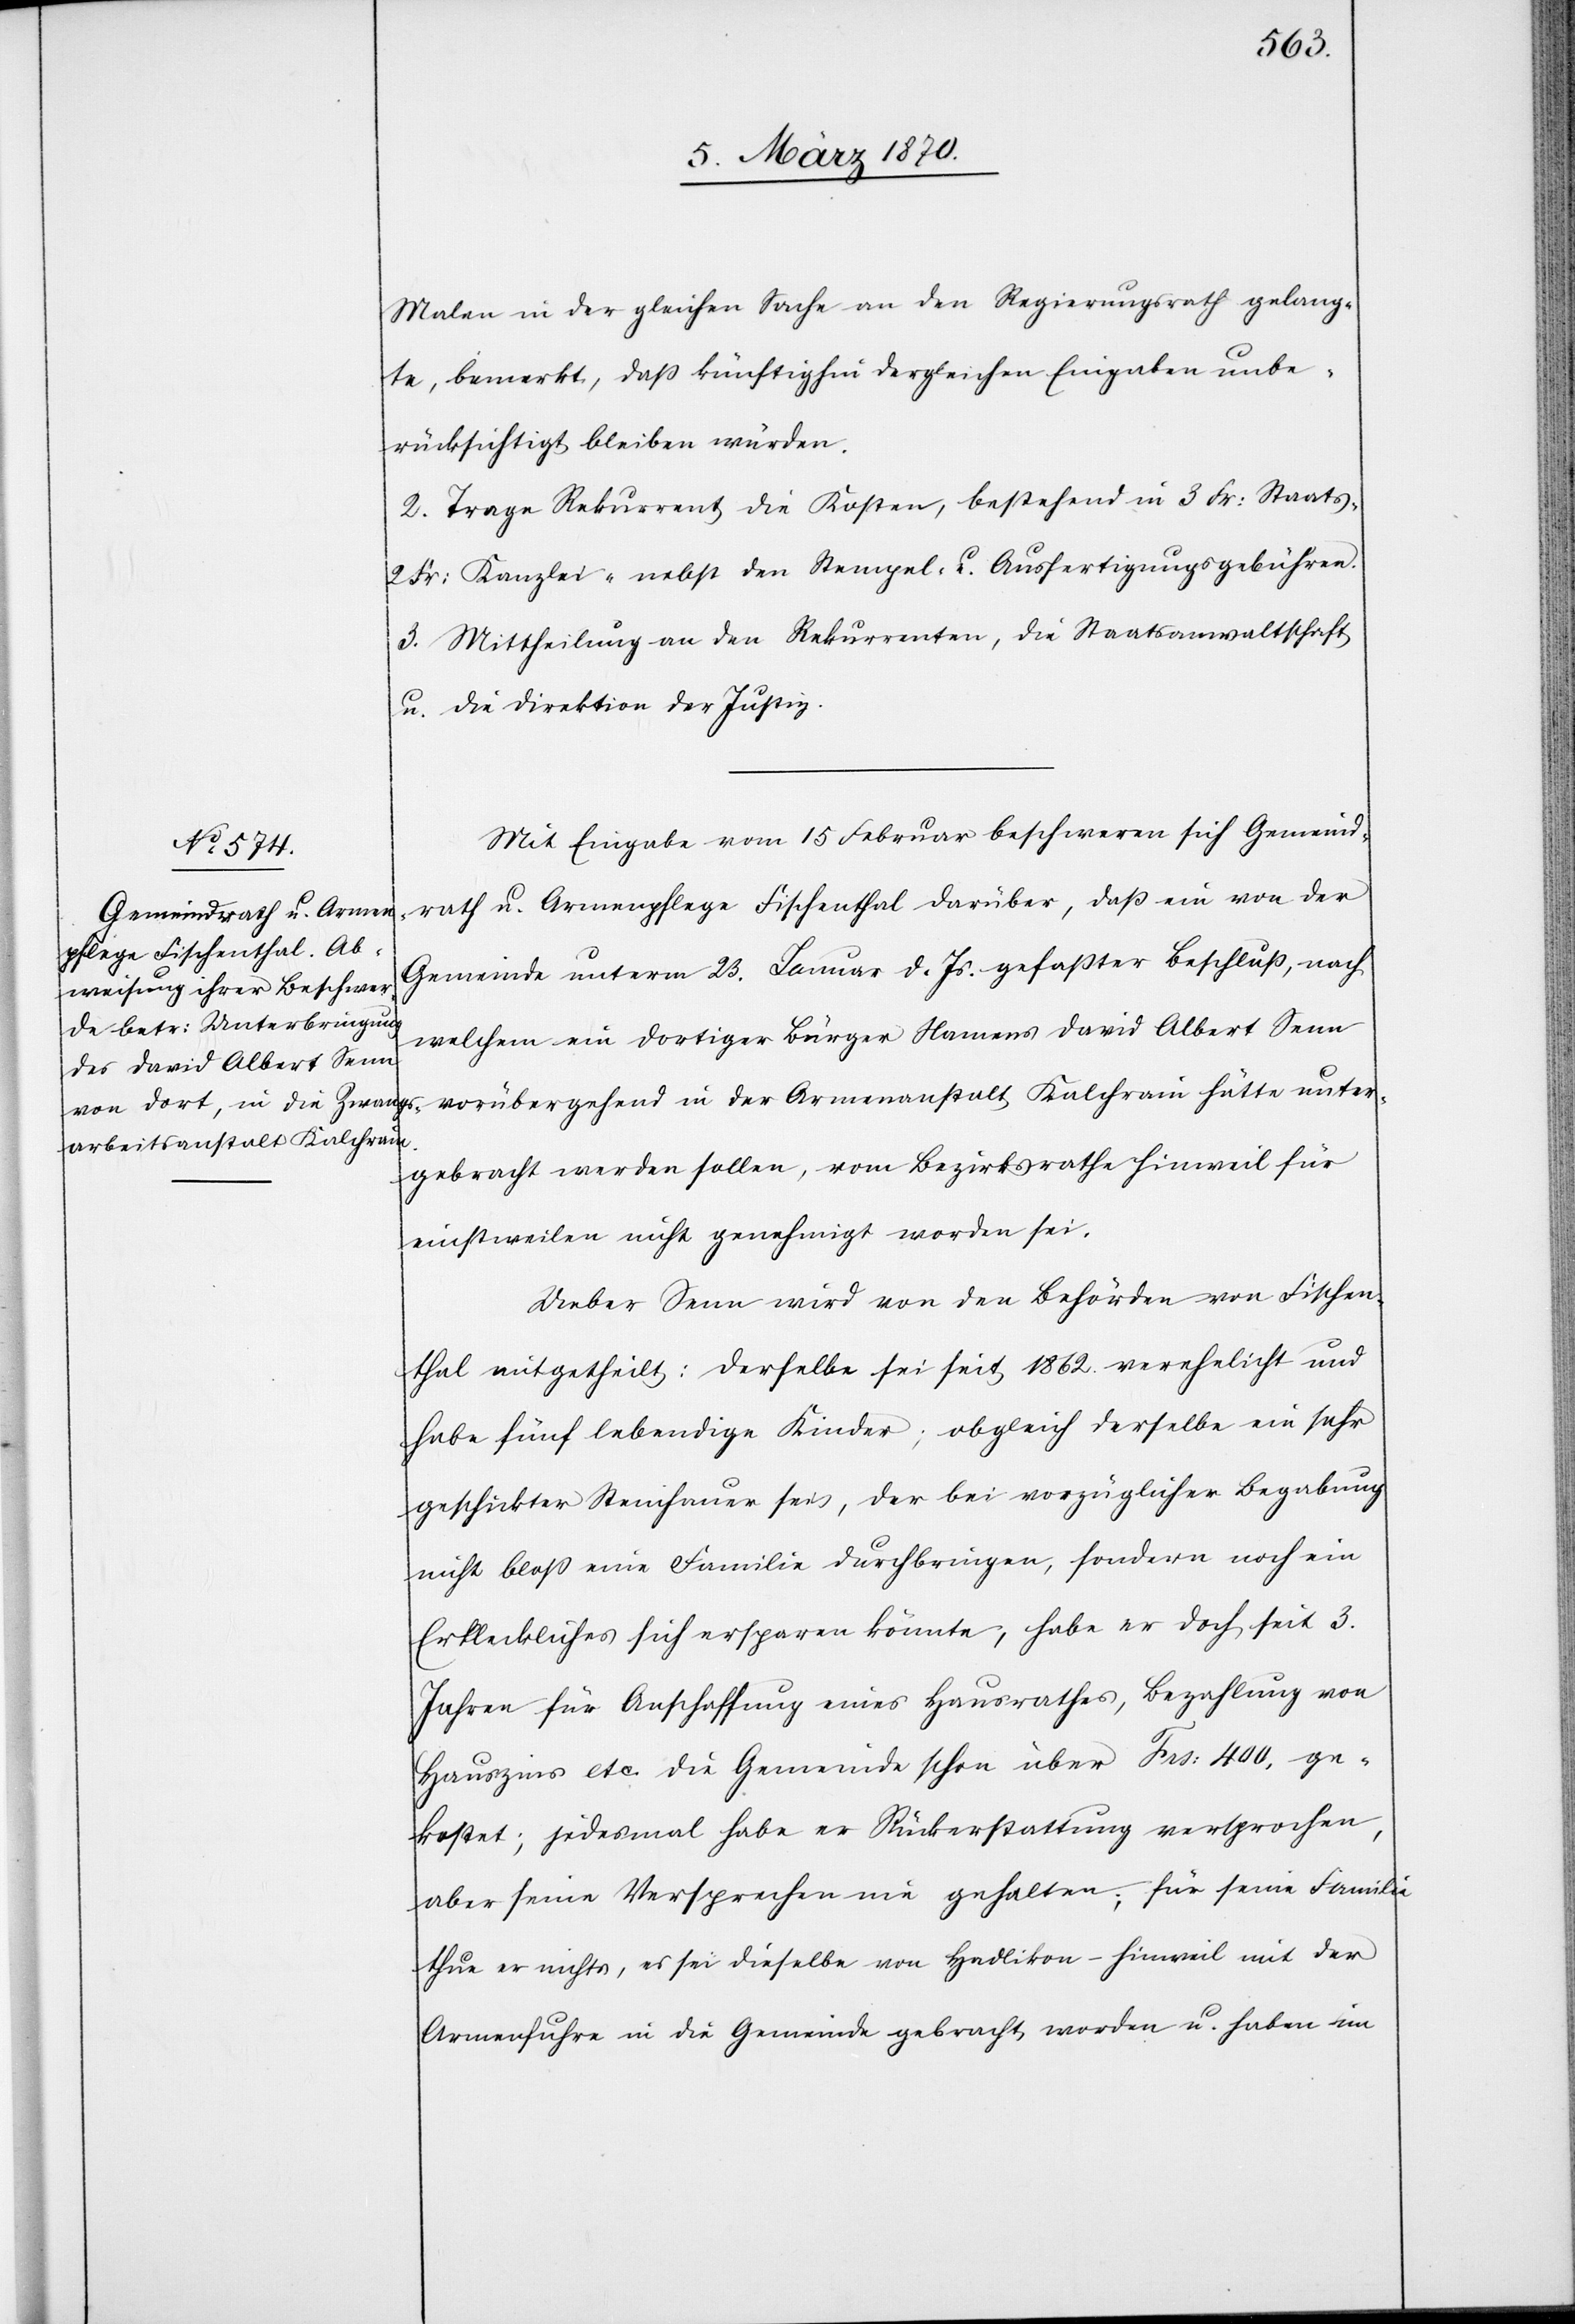
Malen in der gleichen Sache an den Regierungsrath gelang¬
te, bemerkt, daß künftighin dergleichen Eingaben unbe¬
rücksichtigt bleiben würden.
2. Trage Rekurrent die Kosten, bestehend in 3 Fr: Staats-
2 Fr: Kanzlei- nebst den Stempel- u. Ausfertigungsgebühren.
3. Mittheilung an den Rekurrenten, die Staatsanwaltschaft
u. die Direktion der Justiz.
Mit Eingabe vom 15 Februar beschweren sich Gemeind¬
rath u. Armenpflege Fischenthal darüber, daß ein von der
Gemeinde unterm 23. Januar d. Js. gefaßter Beschluß, nach
welchem ein dortiger Bürger Namens David Albert Senn
vorübergehend in der Armenanstalt Kalchrain hätte unter¬
gebracht werden sollen, vom Bezirksrathe Hinweil für
einstweilen nicht genehmigt worden sei.
Ueber Senn wird von den Behörden von Fischen¬
thal mitgetheilt: Derselbe sei seit 1862. verehelicht und
habe fünf lebendige Kinder; obgleich derselbe ein sehr
geschickter Steinhauer sei, der bei vorzüglicher Begabung
nicht bloß eine Familie durchbringen, sondern noch ein
Erkleckliches sich ersparen könnte, habe er doch seit 3.
Jahren für Anschaffung eines Hausrathes, Bezahlung von
Hauszins etc. die Gemeinde schon über Frs: 400. ge¬
kostet; jedesmal habe er Rückerstattung versprochen,
aber seine Versprechen nie gehalten; für seine Familie
thue er nichts, es sei dieselbe von Hadlikon-Hinweil mit der
Armenfuhre in die Gemeinde gebracht worden u. haben